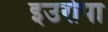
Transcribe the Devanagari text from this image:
इउरोपा